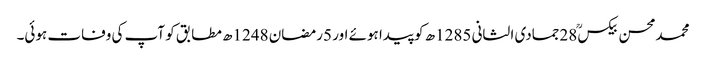
محمدمحسن بیکسؒ 28جمادی الثانی 1285ھ کو پیدا ہوئے اور 5رمضان 1248ھ مطابق کو آپ کی وفات ہوئی۔